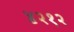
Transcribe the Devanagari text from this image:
४२१२